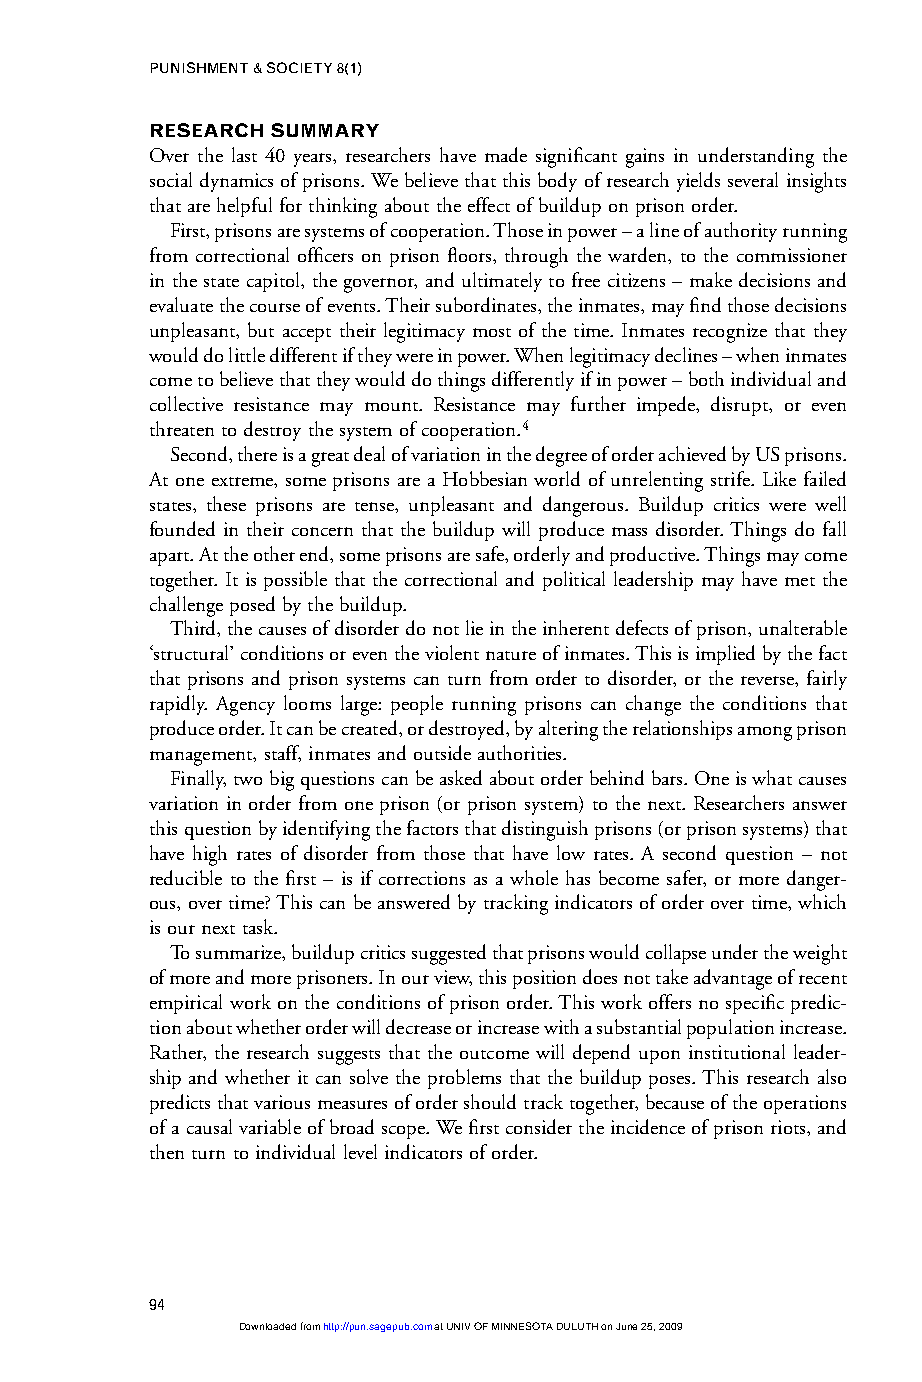
PUNISHMENT & SOCIETY 8(1)
 RESEARCH SUMMARY
 Over the last 40 years, researchers have made significant gains in understanding the
 social dynamics of prisons. We believe that this body of research yields several insights
 that are helpful for thinking about the effect of buildup on prison order.
 First, prisons are systems of cooperation. Those in power – a line of authority running
 from correctional officers on prison floors, through the warden, to the commissioner
 in the state capitol, the governor, and ultimately to free citizens – make decisions and
 evaluate the course of events. Their subordinates, the inmates, may find those decisions
 unpleasant, but accept their legitimacy most of the time. Inmates recognize that they
 would do little different if they were in power. When legitimacy declines – when inmates
 come to believe that they would do things differently if in power – both individual and
 collective resistance may mount. Resistance may further impede, disrupt, or even
 threaten to destroy the system of cooperation.4
 Second, there is a great deal of variation in the degree of order achieved by US prisons.
 At one extreme, some prisons are a Hobbesian world of unrelenting strife. Like failed
 states, these prisons are tense, unpleasant and dangerous. Buildup critics were well
 founded in their concern that the buildup will produce mass disorder. Things do fall
 apart. At the other end, some prisons are safe, orderly and productive. Things may come
 together. It is possible that the correctional and political leadership may have met the
 challenge posed by the buildup.
 Third, the causes of disorder do not lie in the inherent defects of prison, unalterable
 ‘structural’ conditions or even the violent nature of inmates. This is implied by the fact
 that prisons and prison systems can turn from order to disorder, or the reverse, fairly
 rapidly. Agency looms large: people running prisons can change the conditions that
 produce order. It can be created, or destroyed, by altering the relationships among prison
 management, staff, inmates and outside authorities.
 Finally, two big questions can be asked about order behind bars. One is what causes
 variation in order from one prison (or prison system) to the next. Researchers answer
 this question by identifying the factors that distinguish prisons (or prison systems) that
 have high rates of disorder from those that have low rates. A second question – not
 reducible to the first – is if corrections as a whole has become safer, or more danger-
 ous, over time? This can be answered by tracking indicators of order over time, which
 is our next task.
 To summarize, buildup critics suggested that prisons would collapse under the weight
 of more and more prisoners. In our view, this position does not take advantage of recent
 empirical work on the conditions of prison order. This work offers no specific predic-
 tion about whether order will decrease or increase with a substantial population increase.
 Rather, the research suggests that the outcome will depend upon institutional leader-
 ship and whether it can solve the problems that the buildup poses. This research also
 predicts that various measures of order should track together, because of the operations
 of a causal variable of broad scope. We first consider the incidence of prison riots, and
 then turn to individual level indicators of order.
 94
 Downloaded from http://pun.sagepub.com at UNIV OF MINNESOTA DULUTH on June 25, 2009